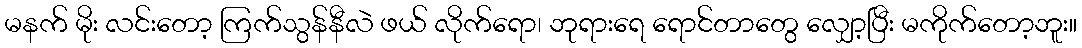
မနက် မိုး လင်းတော့ ကြက်သွန်နီလဲ ဖယ် လိုက်ရော၊ ဘုရားရေ ရောင်တာတွေ လျှော့ပြီး မကိုက်တော့ဘူး။